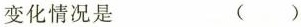
变化情况是 ( )